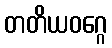
တတိယဝဂ္ဂေ